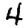
Digit: 4